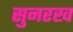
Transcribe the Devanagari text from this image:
सुनरख